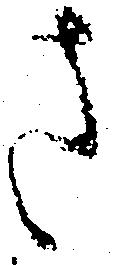
さ